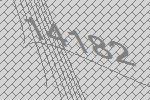
14182